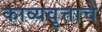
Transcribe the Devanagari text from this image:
काव्यवृत्ताचे